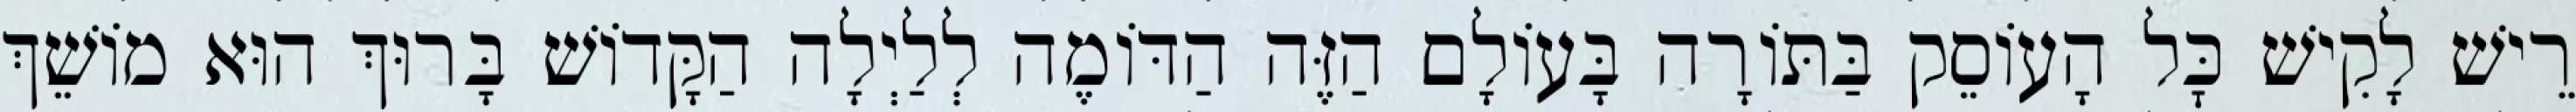
רֵישׁ לָקִישׁ כׇּל הָעוֹסֵק בַּתּוֹרָה בָּעוֹלָם הַזֶּה הַדּוֹמֶה לְלַיְלָה הַקָּדוֹשׁ בָּרוּךְ הוּא מוֹשֵׁךְ